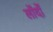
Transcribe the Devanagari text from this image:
लोंदों